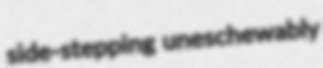
side-stepping uneschewably